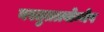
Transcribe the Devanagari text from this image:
वस्तुतत्त्वोन्मेष